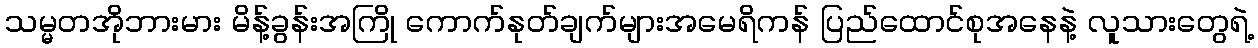
သမ္မတအိုဘားမား မိန့်ခွန်းအကြို ကောက်နုတ်ချက်များအမေရိကန် ပြည်ထောင်စုအနေနဲ့ လူသားတွေရဲ့